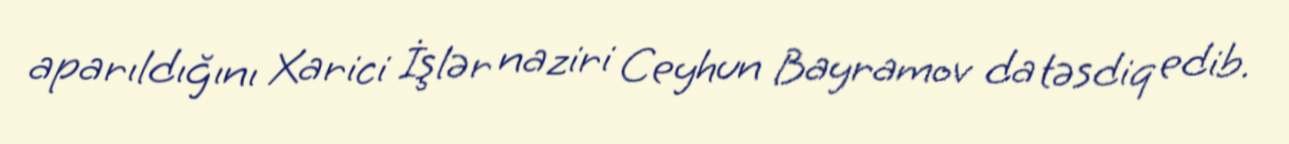
aparıldığını Xarici İşlər naziri Ceyhun Bayramov da təsdiq edib.